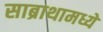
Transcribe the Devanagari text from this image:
साब्राथामध्ये